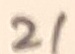
Text: 21